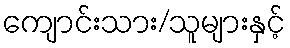
ကျောင်းသား/သူများနှင့်